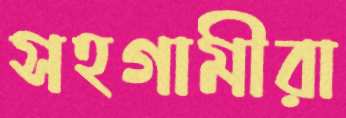
সহগামীরা